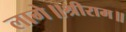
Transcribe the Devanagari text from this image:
लागे॥श्रीराम॥